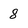
Character: 8